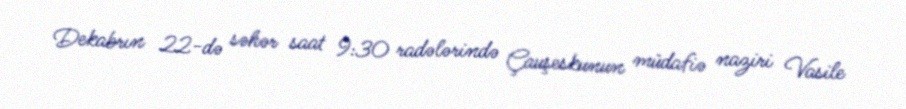
Dekabrın 22-də səhər saat 9:30 radələrində Çauşeskunun müdafiə naziri Vasile